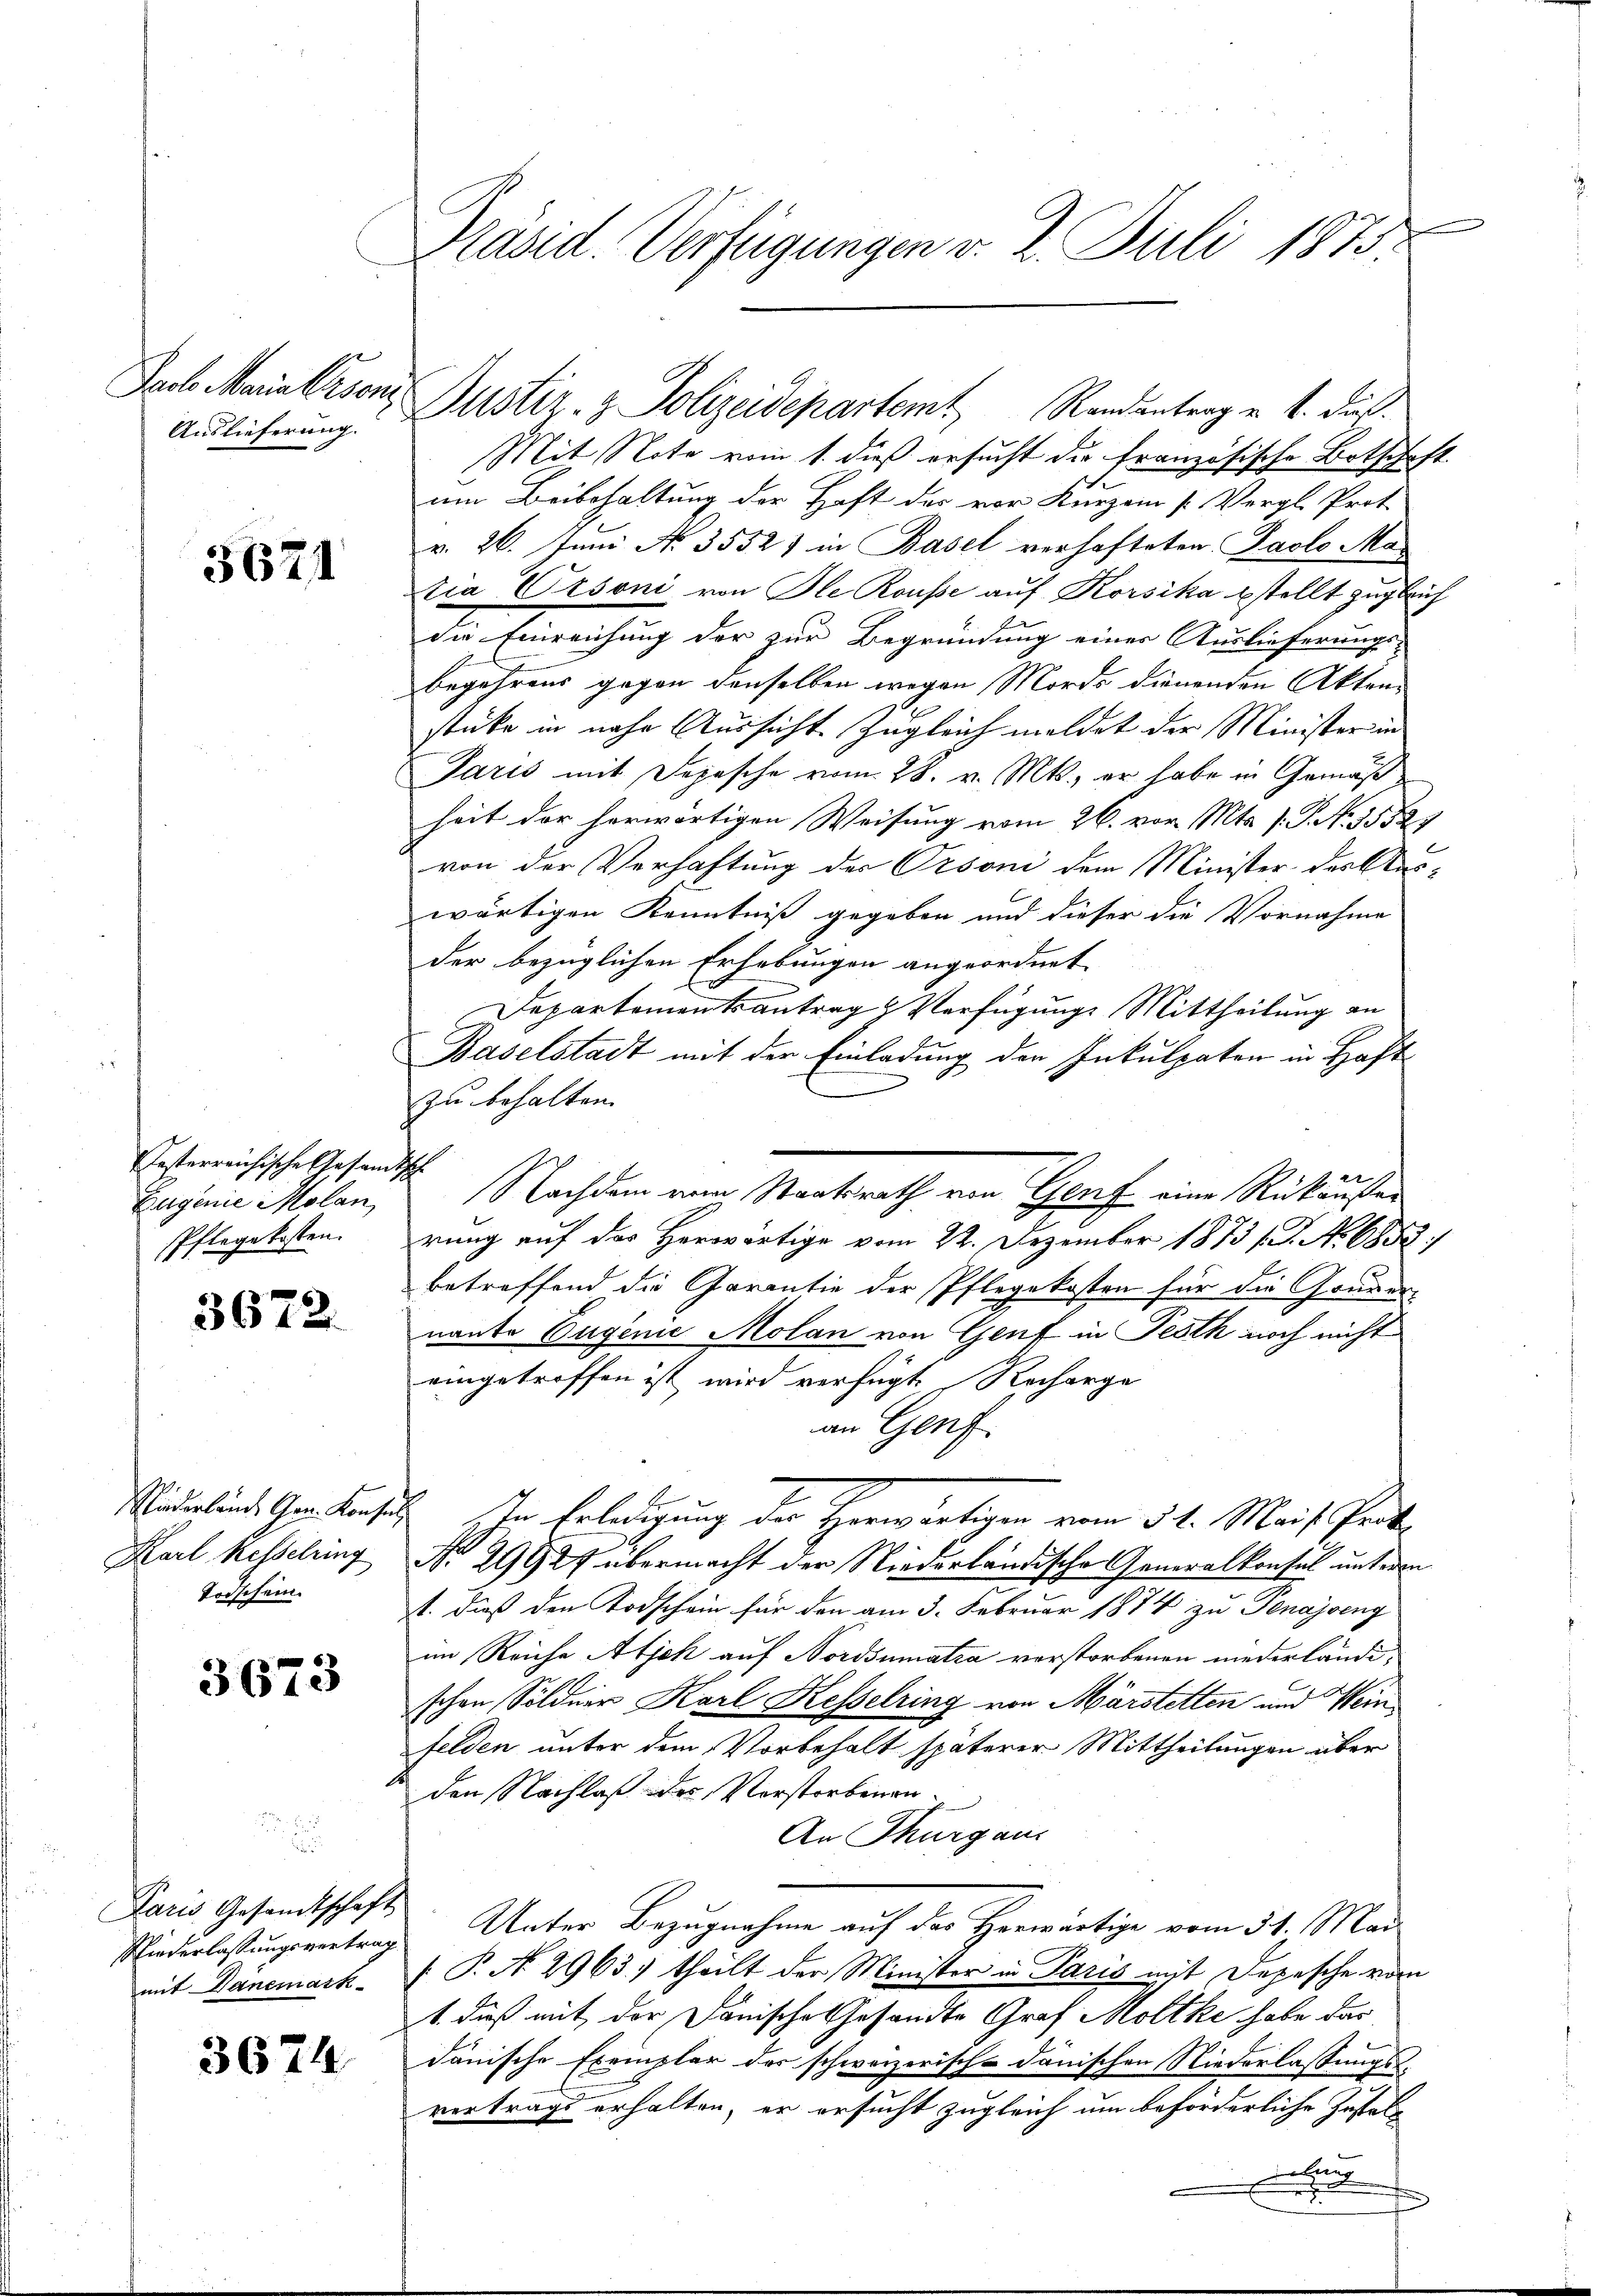
Pach Maria beson
Auslieferung.

3621

esterreichische Gesandt
Eugenie Molan
Pflegekosten.

3672.

Karl Kesselring
Todschein.

3673

Paris Gesandtschaft
Niederlassungsvertrag
mit Danemark

3674

Präsid. Verfügungen v. 2. Juli 1875.

Justiz- & Polizeidepartem Randantrag u. 4. Fuß.
Mit Note vom 1. dieß ersucht die französische Botschaft
um Beibehaltung der Haft der vor Kurzem [Vergl. Prot.
v. 26. Juni No 3552) in Basel verhafteten Paolo Matia Ursoni von Ale Rousse auf Korsika bestellt zugleich
Die Einreichung der zur Begründung einer Auslieferungs¬
Begehrens gegen denselben wegen Mords dienenden Aktenstücke in nahe Aussicht zugleich meldet der Minister in
Paris mit Depesche vom 28. v. Mts., er habe in Gemäß
heit der herwärtigen Weisung vom 26. vor. Mts. s. S. N. 35529
von der Verhaftung der Orsoni dem Minister des Auswärtigen Kenntniß gegeben und dieser die Vornahme
der bezüglichen Erhebungen angeordnet
Departementsantrag Verfügung Mittheilung an
Baselstadt mit der Einladung der Inkulpaten in Haft
zu behalten.
Ihr
Nachdem ein Staatsrath von Graf eine Rükäuser
rung auf das Herwärtige vom 22. Dezember 1873 s. No 6852/
betreffend die Garantie der Pflegekosten für die Gouvernante Eugenie Molan von Genf in Pesth noch nicht
eingetroffen ist wird verfügt. Recharge
an Genf
Miederlind Gen. Konsuls. In Erledigung der Herwärtigen vom 31. Mais Prof.
No. 29927 übermacht der Niederländische Generalkonsul unterm
t. dieß den Todschein für den am 3. Februar 1874 zu Genajseng
im Reiche Atjeh auf Nordsumatra verstorbenen niederländischen Söldner Karl Kesselring von Märstetten und Wein
felden unter dem Vorbehalt späterer Mittheilungen über
den Nachlaß der Verstorbenen¬
An Thurgau
Unter Bezugnahme auf das Horwärtige vom 31. Mai
 P. No. 2963) theilt der Minister in Paris mit Depesche vom
1. dieß mit der Danische Gesandte Graf Moltke habe dar
danische Exemplar des schweizerisch-danischen Niederlassungs
vertrags erhalten, er ersucht zugleich um beforderliche Zusteleling
x